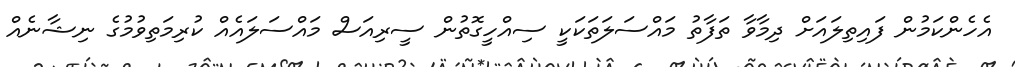
އެހެންކަމުން ފައިތިލައަށް ދިމާވާ ތަފާތު މައްސަލަތަކަކީ ސިއްހީގޮތުން ސީރިއަސް މައްސަލައެއް ކުރިމަތިވުމުގެ ނިޝާނެއް